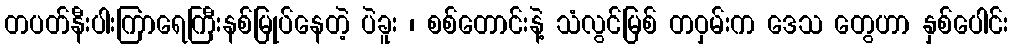
တပတ်နီးပါးကြာရေကြီးနစ်မြုပ်နေတဲ့ ပဲခူး ၊ စစ်တောင်းနဲ့ သံလွင်မြစ် တဝှမ်းက ဒေသ တွေဟာ နှစ်ပေါင်း